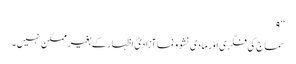
‘‘ ۹
سماج کی فکری اور مادی نشوونما آزادئ اظہار کے بغیر ممکن نہیں۔